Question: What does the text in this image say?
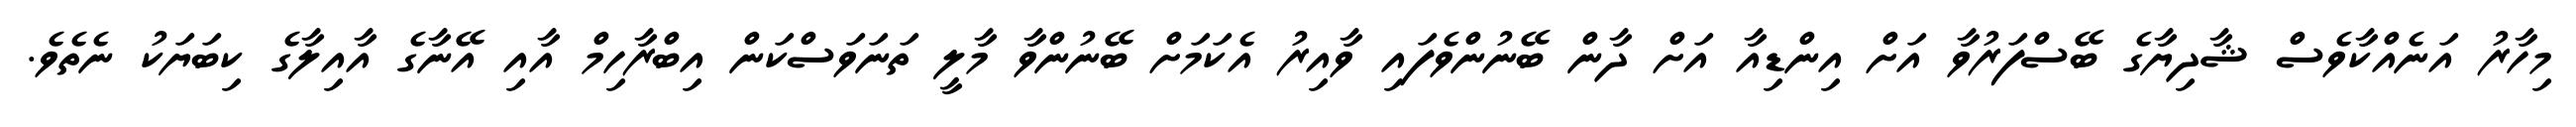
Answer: މިހާރު އަނެއްކާވެސް ޝާދިޔާގެ ބޭސްފަރުވާ އަށް އިންޑިއާ އަށް ދާން ބޭނުންވެފައި ވާއިރު އެކަމަށް ބޭނުންވާ މާލީ ތަނަވަސްކަން އިބްރާހިމް އާއި އޭނާގެ އާއިލާގެ ކިބަޔަކު ނެތެވެ.